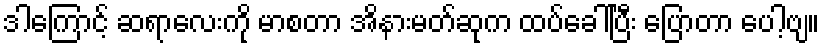
ဒါကြောင့် ဆရာလေးကို မာစတာ အိနားမတ်ဆုက ထပ်ခေါ်ပြီး ပြောတာ ပေါ့ဗျ။